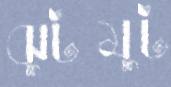
ঝুটমুট